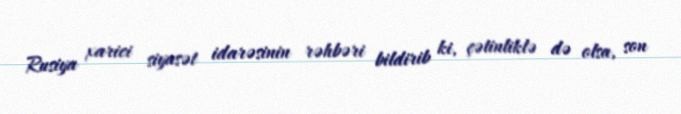
Rusiya xarici siyasət idarəsinin rəhbəri bildirib ki, çətinliklə də olsa, son